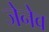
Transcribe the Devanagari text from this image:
जेनेव